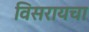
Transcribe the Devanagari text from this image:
विसरायचा